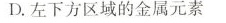
D.左下方区域的金属元素